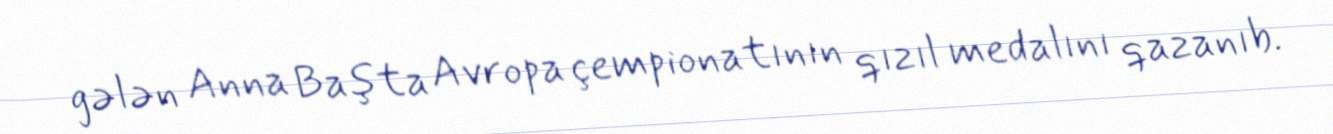
gələn Anna Başta Avropa çempionatının qızıl medalını qazanıb.